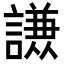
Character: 𮘹